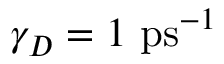
\gamma _ { D } = 1 \ \mathrm { p s } ^ { - 1 }